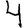
Digit: 4